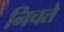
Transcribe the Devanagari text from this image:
निचते